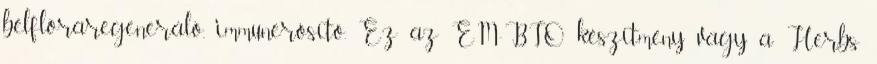
bélflóraregeneráló, immunerősítő. Ez az EM-BIO készítmény vagy a Herbs